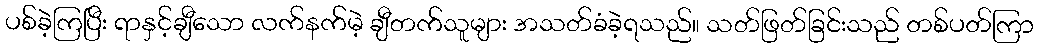
ပစ်ခဲ့ကြပြီး ရာနှင့်ချီသော လက်နက်မဲ့ ချီတက်သူများ အသတ်ခံခဲ့ရသည်။ သတ်ဖြတ်ခြင်းသည် တစ်ပတ်ကြာ